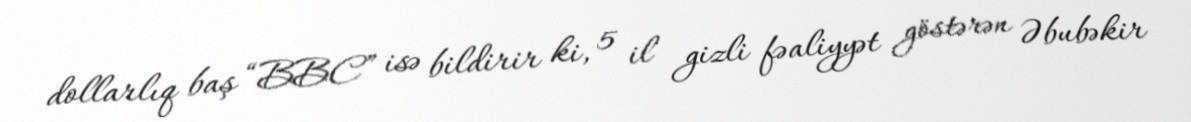
dollarlıq baş “BBC” isə bildirir ki, 5 il gizli fəaliyyət göstərən Əbubəkir